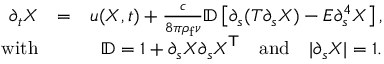
\begin{array} { r l r } { \partial _ { t } { \ensuremath \boldsymbol { X } } } & { = } & { { \ensuremath \boldsymbol { u } } ( { \ensuremath \boldsymbol { X } } , t ) + \frac { c } { 8 \pi \rho _ { \mathrm { f } } \nu } \mathbb { D } \left[ \partial _ { s } ( T \partial _ { s } { \ensuremath \boldsymbol { X } } ) - E \partial _ { s } ^ { 4 } { \ensuremath \boldsymbol { X } } \right] , } \\ { \mathrm { w i t h } } & { } & { \mathbb { D } = \mathbb { 1 } + \partial _ { s } { \ensuremath \boldsymbol { X } } \partial _ { s } { \ensuremath \boldsymbol { X } } ^ { \mathsf { T } } \quad \mathrm { a n d } \quad | \partial _ { s } { \ensuremath \boldsymbol { X } } | = 1 . } \end{array}